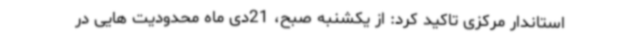
استاندار مرکزی تاکید کرد: از یکشنبه صبح، 21دی ماه محدودیت هایی در